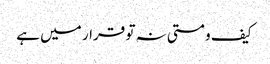
کیف و مستی نہ تو قرار میں ہے